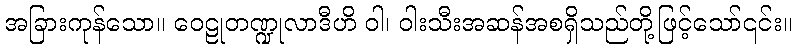
အခြားကုန်သော။ ဝေဠုတဏ္ဍုလာဒီဟိ ဝါ၊ ဝါးသီးအဆန်အစရှိသည်တို့ဖြင့်သော်၎င်း။